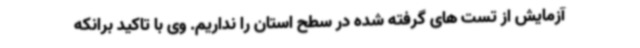
آزمایش از تست های گرفته شده در سطح استان را نداریم. وی با تاکید برانکه